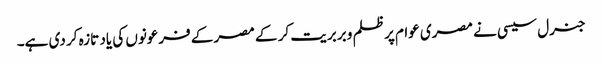
جنرل سیسی نے مصری عوام پر ظلم و بربریت کر کے مصر کے فرعونوں کی یاد تازہ کر دی ہے۔